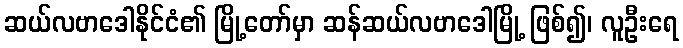
ဆယ်လဗာဒေါနိုင်ငံ၏ မြို့တော်မှာ ဆန်ဆယ်လဗာဒေါမြို့ ဖြစ်၍၊ လူဦးရေ